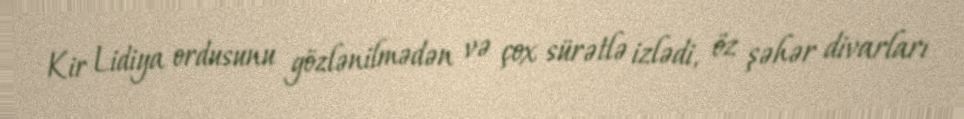
Kir Lidiya ordusunu gözlənilmədən və çox sürətlə izlədi, öz şəhər divarları